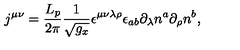
j ^ { \mu \nu } = \frac { L _ { p } } { 2 \pi } \frac 1 { \sqrt { g _ { x } } } \epsilon ^ { \mu \nu \lambda \rho } \epsilon _ { a b } \partial _ { \lambda } n ^ { a } \partial _ { \rho } n ^ { b } ,